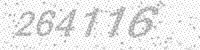
Solution: 264116